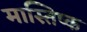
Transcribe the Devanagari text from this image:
मास्तिष्क